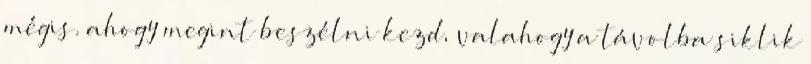
mégis. ahogy megint beszélni kezd, valahogy a távolba siklik